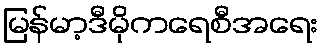
မြန်မာ့ဒီမိုကရေစီအရေး